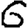
Digit: 6